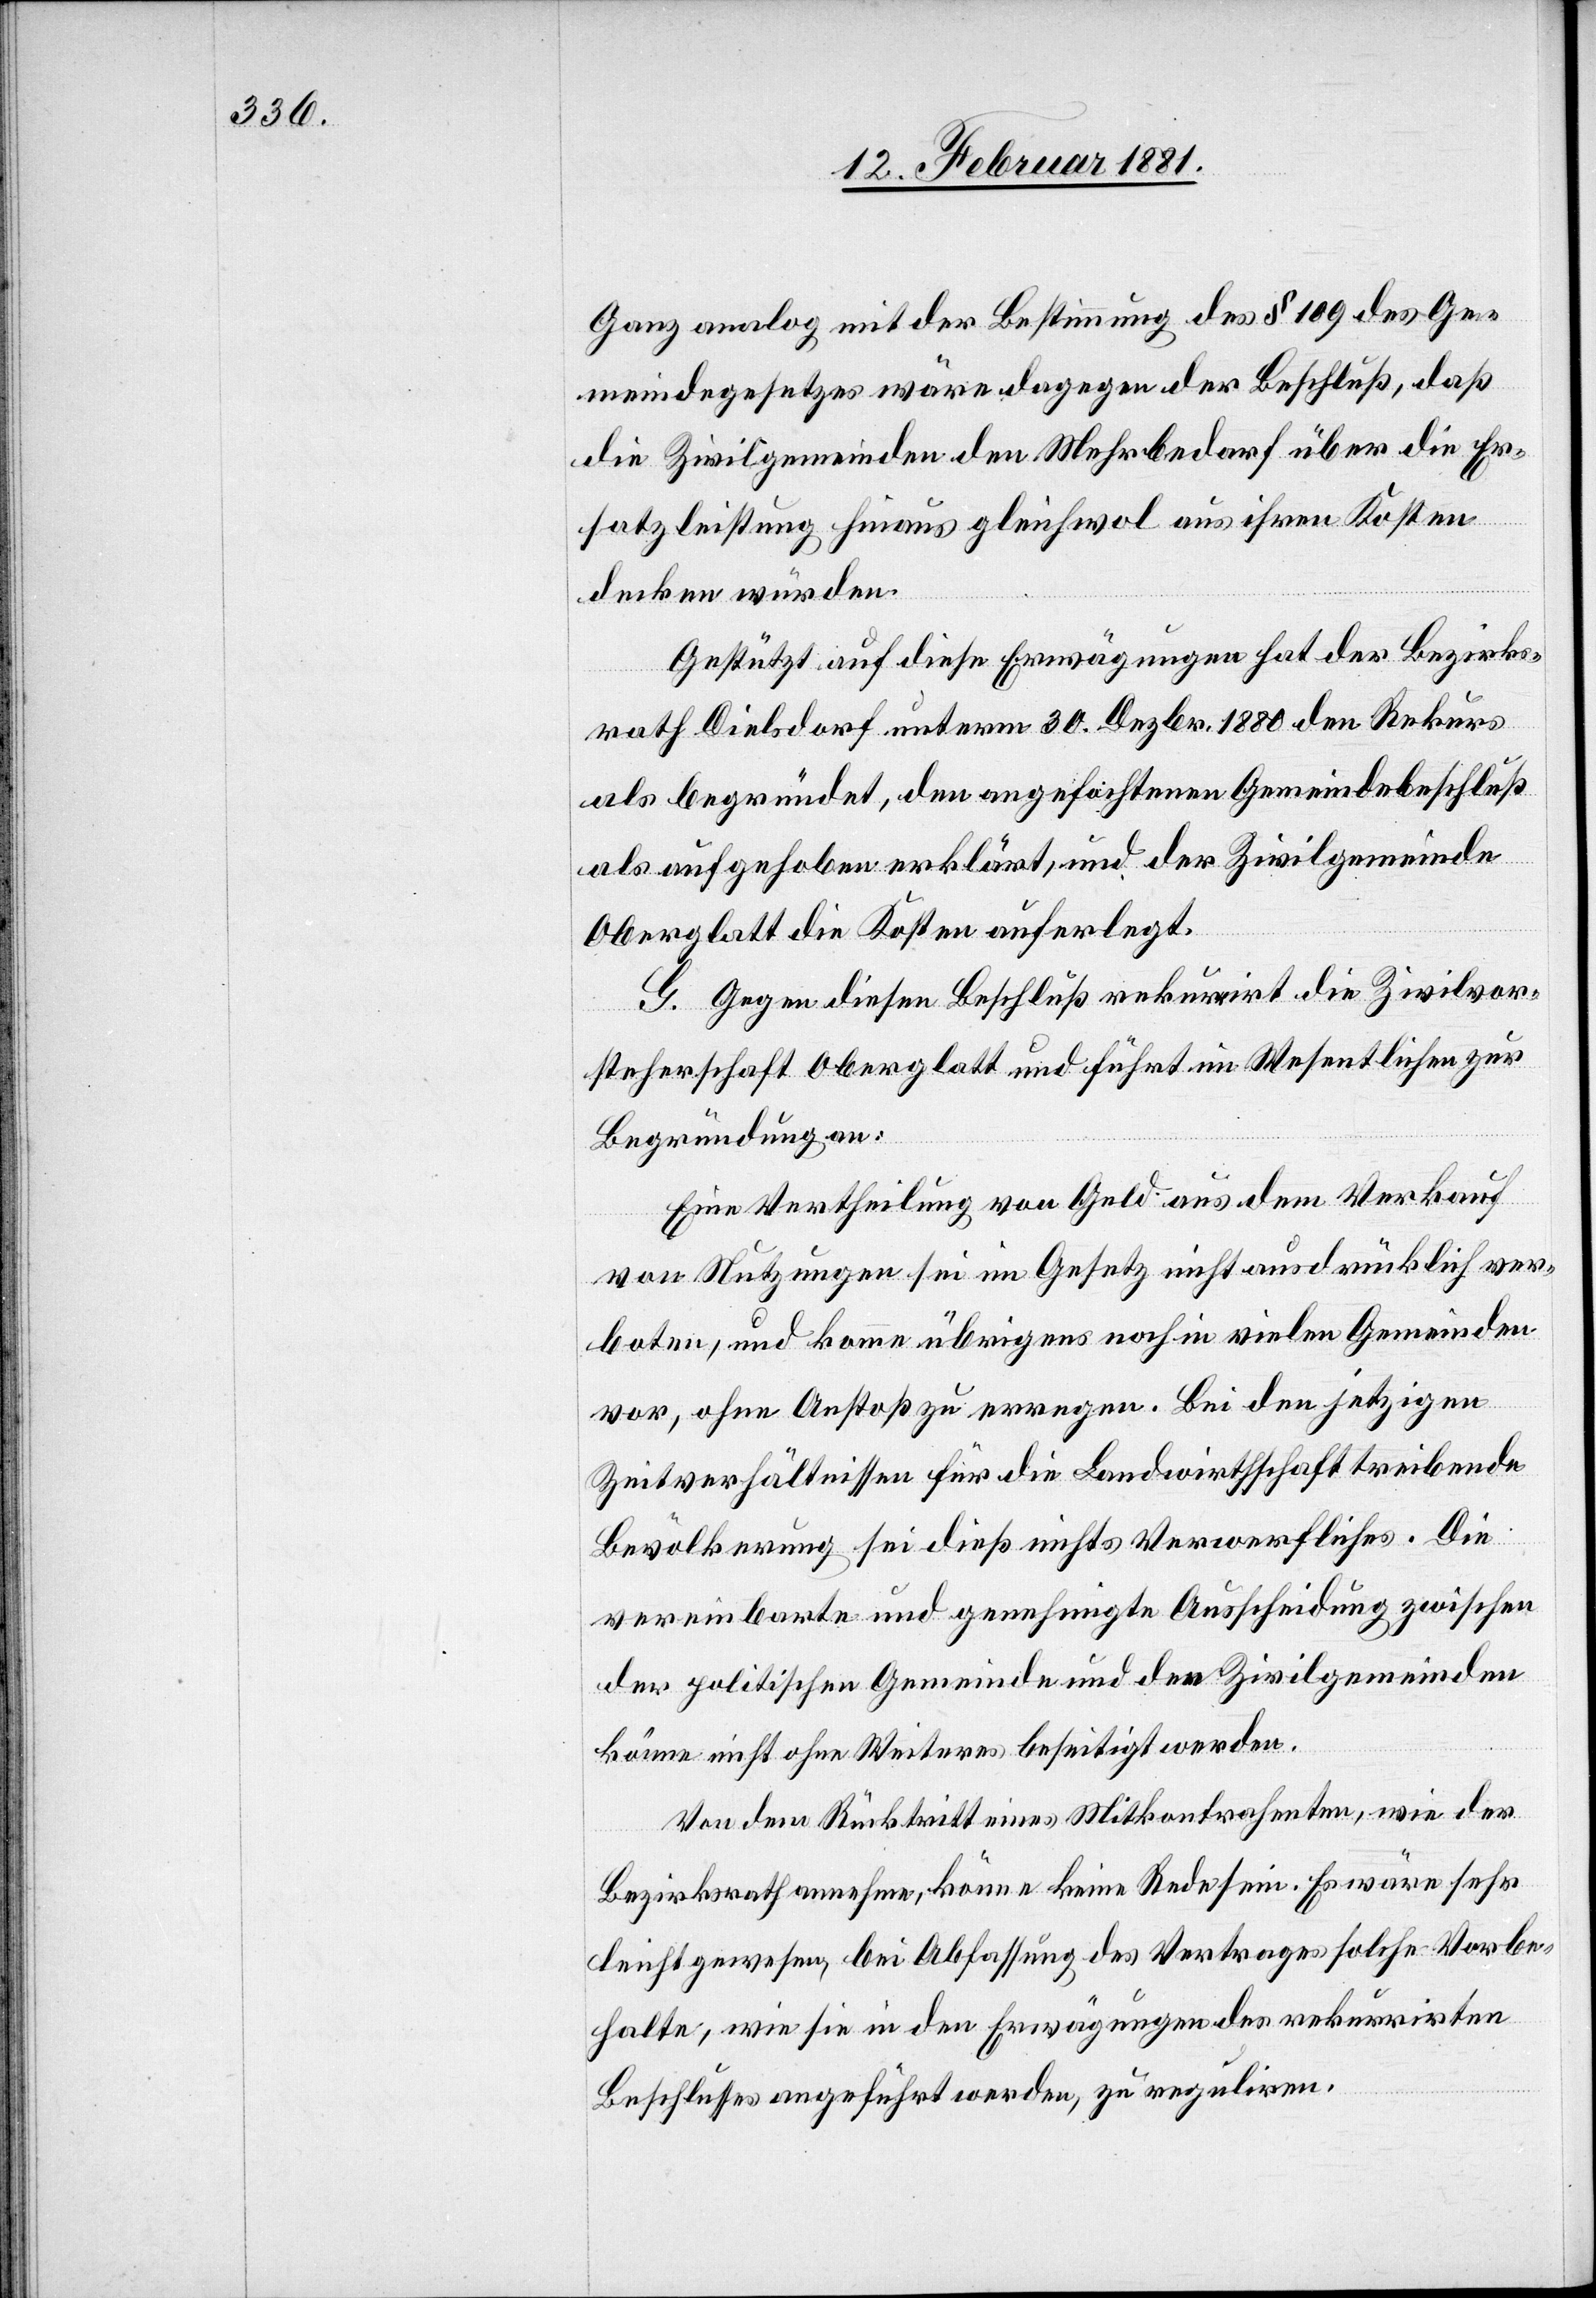
Ganz analog mit der Bestimmung des § 109 des Ge¬
meindegesetzes wäre dagegen der Beschluß, daß
die Zivilgemeinden den Mehrbedarf über die Er¬
satzleistung hinaus gleichwol aus ihren Kosten
decken würden.
Gestützt auf diese Erwägungen hat der Bezirks¬
rath Dielsdorf unterm 30. Dezbr. 1880 den Rekurs
als begründet, den angefochtenen Gemeindebeschluß
als aufgehoben erklärt, und der Zivilgemeinde
Oberglatt die Kosten auferlegt.
G. Gegen diesen Beschluß rekurrirt die Zivilvor¬
steherschaft Oberglatt und führt im Wesentlichen zur
Begründung an:
Eine Vertheilung von Geld aus dem Verkauf
von Nutzungen sei im Gesetz nicht ausdrücklich ver¬
boten, und komme übrigens noch in vielen Gemeinden
vor, ohne Anstoß zu erregen. Bei den jetzigen
Zeitverhältnissen für die Landwirthschaft treibende
Bevölkerung sei dieß nichts Verwerfliches. Die
vereinbarte und genehmigte Ausscheidung zwischen
der politischen Gemeinde und den Zivilgemeinden
könne nicht ohne Weiteres beseitigt werden.
Von dem Rücktritt eines Mitkontrahenten wie der
Bezirksrath annehme, könne keine Rede sein. Es wäre sehr
leicht gewesen, bei Abfassung des Vertrages solche Vorbe¬
halte, wie sie in den Erwägungen des rekurrirten
Beschlusses angeführt werden, zu reguliren.